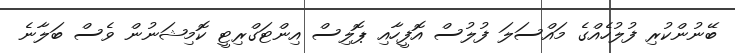
ބޭނުންކުރި ފުލުހެއްގެ މައްސަލަ ފުލުސް އޮފީހާއި ޕޮލިސް އިންޓަގްރިޓީ ކޮމިޝަނުން ވެސް ބަލާނެ